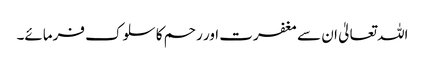
اللہ تعالیٰ ان سے مغفرت اور رحم کا سلوک فرمائے۔